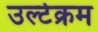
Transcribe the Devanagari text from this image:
उल्टेक्रम